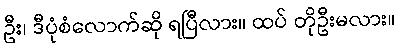
ဦး၊ ဒီပုံစံလောက်ဆို ရပြီလား။ ထပ် တိုဦးမလား။